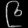
Digit: ၉